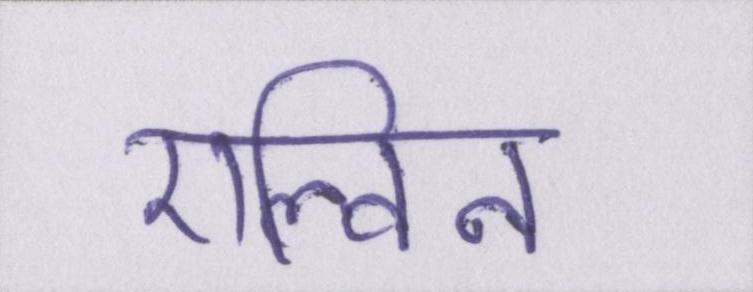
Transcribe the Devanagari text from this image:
एल्विन